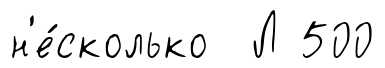
н'е́сколько Л 500